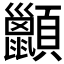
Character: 𫖩